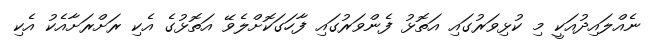
ނެއްލައިދުއަކީ މި ކުޅިވަރުގައި އަތޮޅު ފެންވަރުގައި ފާހަގަކޮށްލެވޭ އަތޮޅުގެ އެކި ރަށްރަށާއެކު އެކި